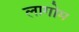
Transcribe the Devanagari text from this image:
लागोम